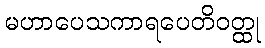
မဟာပေသကာရပေတိဝတ္ထု